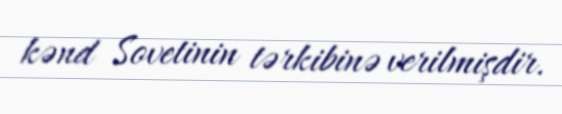
kənd Sovetinin tərkibinə verilmişdir.